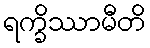
ရက္ခိဿာမီတိ